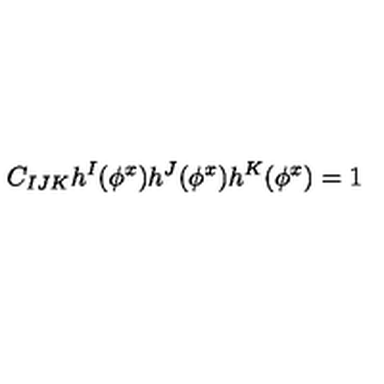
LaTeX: C _ { I J K } h ^ { I } ( \phi ^ { x } ) h ^ { J } ( \phi ^ { x } ) h ^ { K } ( \phi ^ { x } ) = 1